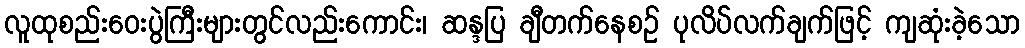
လူထုစည်းဝေးပွဲကြီးများတွင်လည်းကောင်း၊ ဆန္ဒပြ ချီတက်နေစဉ် ပုလိပ်လက်ချက်ဖြင့် ကျဆုံးခဲ့သော